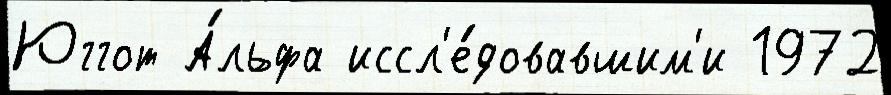
Юггот А́льфа иссл'е́довавшим'и 1972